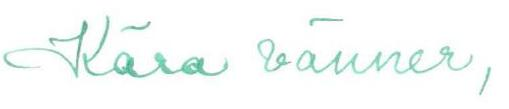
Kärä vänner,